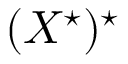
( X ^ { \star } ) ^ { \star }